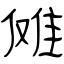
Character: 傩